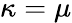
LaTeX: \kappa=\mu